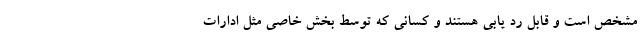
مشخص است و قابل رد یابی هستند و کسانی که توسط بخش خاصی مثل ادارات